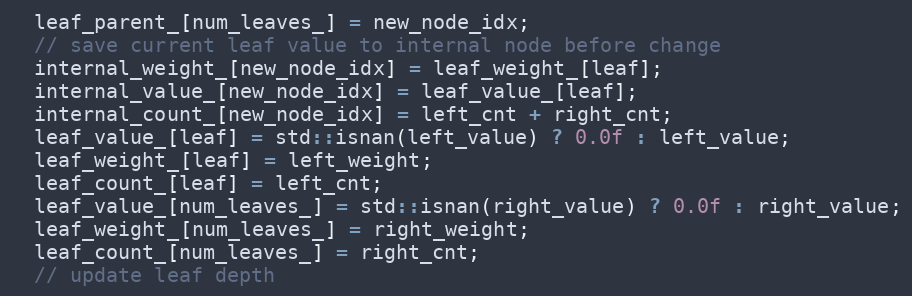
Language: C
  leaf_parent_[num_leaves_] = new_node_idx;
  // save current leaf value to internal node before change
  internal_weight_[new_node_idx] = leaf_weight_[leaf];
  internal_value_[new_node_idx] = leaf_value_[leaf];
  internal_count_[new_node_idx] = left_cnt + right_cnt;
  leaf_value_[leaf] = std::isnan(left_value) ? 0.0f : left_value;
  leaf_weight_[leaf] = left_weight;
  leaf_count_[leaf] = left_cnt;
  leaf_value_[num_leaves_] = std::isnan(right_value) ? 0.0f : right_value;
  leaf_weight_[num_leaves_] = right_weight;
  leaf_count_[num_leaves_] = right_cnt;
  // update leaf depth